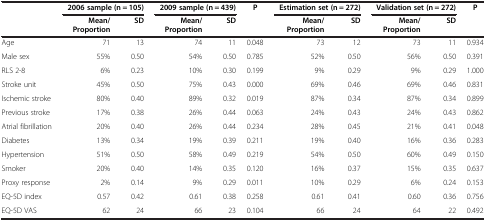
<table><thead><tr><td rowspan="2"><b> </b></td><td colspan="2"><b>2006 sample (n = 105)</b></td><td colspan="2"><b>2009 sample (n = 439)</b></td><td><b>P</b></td><td colspan="2"><b>Estimation set (n = 272)</b></td><td colspan="2"><b>Validation set (n = 272)</b></td><td><b>P</b></td></tr><tr><td><b>Mean/Proportion</b></td><td><b>SD</b></td><td><b>Mean/Proportion</b></td><td><b>SD</b></td><td><b> </b></td><td><b>Mean/Proportion</b></td><td><b>SD</b></td><td><b>Mean/Proportion</b></td><td><b>SD</b></td><td><b> </b></td></tr></thead><tbody><tr><td>Age</td><td>71</td><td>13</td><td>74</td><td>11</td><td>0.048</td><td>73</td><td>12</td><td>73</td><td>11</td><td>0.934</td></tr><tr><td>Male sex</td><td>55%</td><td>0.50</td><td>54%</td><td>0.50</td><td>0.785</td><td>52%</td><td>0.50</td><td>56%</td><td>0.50</td><td>0.391</td></tr><tr><td>RLS 2-8</td><td>6%</td><td>0.23</td><td>10%</td><td>0.30</td><td>0.199</td><td>9%</td><td>0.29</td><td>9%</td><td>0.29</td><td>1.000</td></tr><tr><td>Stroke unit</td><td>45%</td><td>0.50</td><td>75%</td><td>0.43</td><td>0.000</td><td>69%</td><td>0.46</td><td>69%</td><td>0.46</td><td>0.831</td></tr><tr><td>Ischemic stroke</td><td>80%</td><td>0.40</td><td>89%</td><td>0.32</td><td>0.019</td><td>87%</td><td>0.34</td><td>87%</td><td>0.34</td><td>0.899</td></tr><tr><td>Previous stroke</td><td>17%</td><td>0.38</td><td>26%</td><td>0.44</td><td>0.063</td><td>24%</td><td>0.43</td><td>24%</td><td>0.43</td><td>0.862</td></tr><tr><td>Atrial fibrillation</td><td>20%</td><td>0.40</td><td>26%</td><td>0.44</td><td>0.234</td><td>28%</td><td>0.45</td><td>21%</td><td>0.41</td><td>0.048</td></tr><tr><td>Diabetes</td><td>13%</td><td>0.34</td><td>19%</td><td>0.39</td><td>0.211</td><td>19%</td><td>0.40</td><td>16%</td><td>0.36</td><td>0.283</td></tr><tr><td>Hypertension</td><td>51%</td><td>0.50</td><td>58%</td><td>0.49</td><td>0.219</td><td>54%</td><td>0.50</td><td>60%</td><td>0.49</td><td>0.150</td></tr><tr><td>Smoker</td><td>20%</td><td>0.40</td><td>14%</td><td>0.35</td><td>0.120</td><td>16%</td><td>0.37</td><td>15%</td><td>0.35</td><td>0.637</td></tr><tr><td>Proxy response</td><td>2%</td><td>0.14</td><td>9%</td><td>0.29</td><td>0.011</td><td>10%</td><td>0.29</td><td>6%</td><td>0.24</td><td>0.153</td></tr><tr><td>EQ-5D index</td><td>0.57</td><td>0.42</td><td>0.61</td><td>0.38</td><td>0.258</td><td>0.61</td><td>0.41</td><td>0.60</td><td>0.36</td><td>0.756</td></tr><tr><td>EQ-5D VAS</td><td>62</td><td>24</td><td>66</td><td>23</td><td>0.104</td><td>66</td><td>24</td><td>64</td><td>22</td><td>0.492</td></tr></tbody></table>